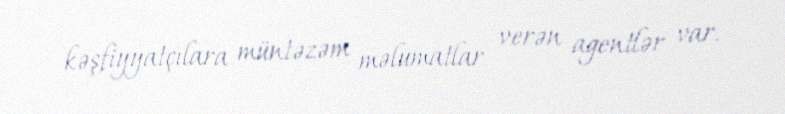
kəşfiyyatçılara müntəzəm məlumatlar verən agentlər var.